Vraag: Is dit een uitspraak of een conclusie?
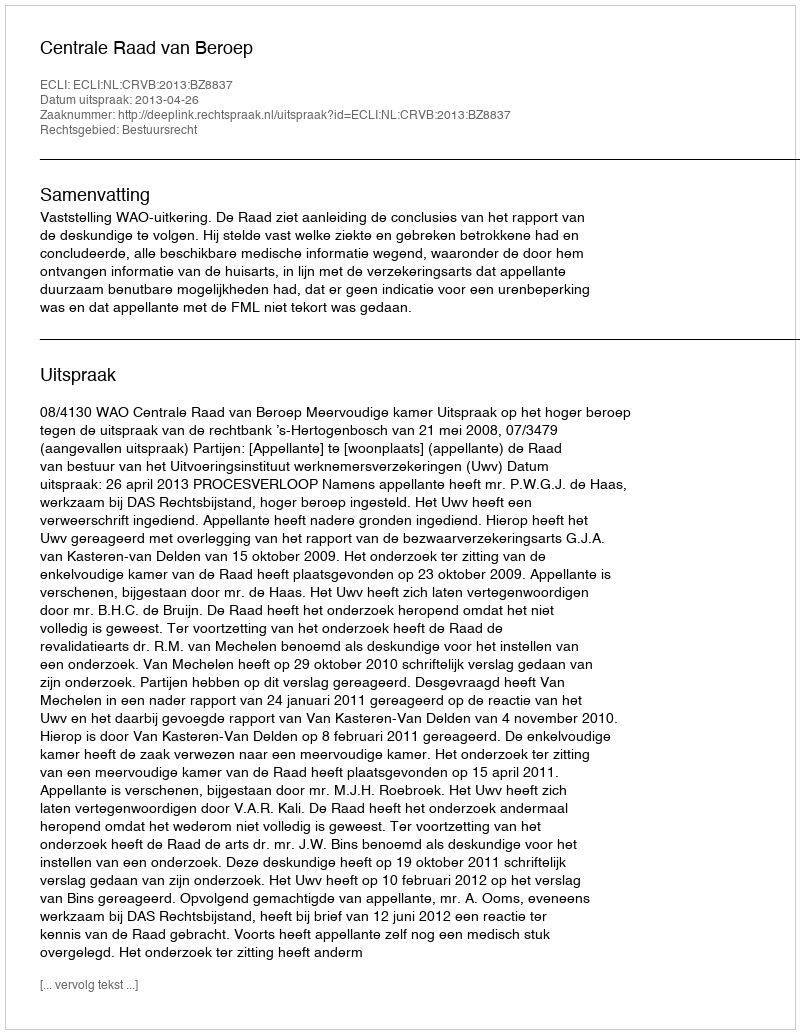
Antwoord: Uitspraak